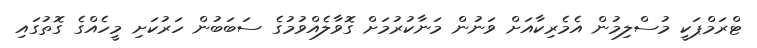
ޓްރަމްޕަކީ މުސްލިމުން އެމެރިކާއަށް ވަނުން މަނާކުރުމަށް ގޮވާލެއްވުމުގެ ސަބަބުން ހަރުކަށި މީހެއްގެ ގޮތުގައި